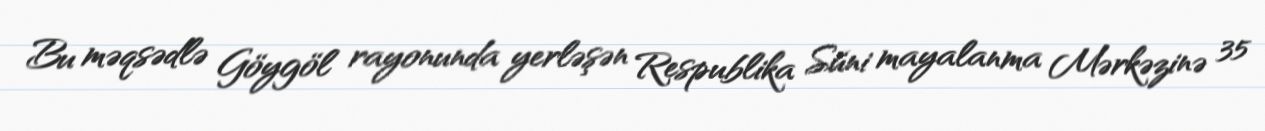
Bu məqsədlə Göygöl rayonunda yerləşən Respublika Süni mayalanma Mərkəzinə 35